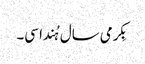
بِکرمی سال ہُندا سی۔